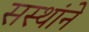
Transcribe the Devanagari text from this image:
सस्थांने